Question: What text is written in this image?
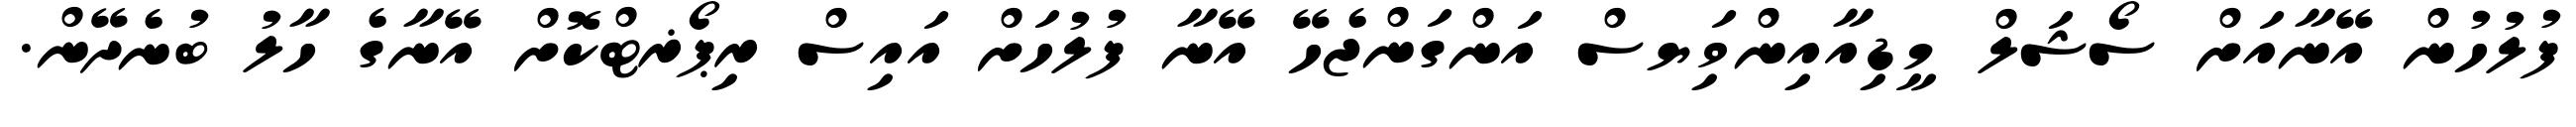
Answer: ފުލުހުން އޭނާއަށް ސޯޝަލް މީޑިއާއިންވިަޔސް އަންގަންޖެހޭ އޭނާ ފުލުހަށް އައިސް ރިޕޯޜޓްކޮށް އޭނާގެ ހާލު ބުނެދޭން.